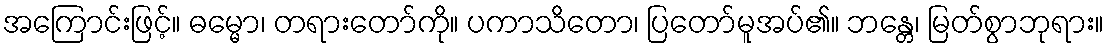
အကြောင်းဖြင့်။ ဓမ္မော၊ တရားတော်ကို။ ပကာသိတော၊ ပြတော်မူအပ်၏။ ဘန္တေ၊ မြတ်စွာဘုရား။